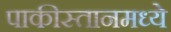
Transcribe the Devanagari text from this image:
पाकीस्तानमध्ये